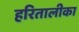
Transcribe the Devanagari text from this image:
हरितालीका